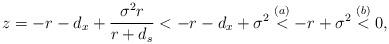
LaTeX: \begin{align*} z = -r-d_x + \frac{\sigma^2r}{r + d_s} < -r-d_x + \sigma^2 \stackrel{(a)}{<} -r + \sigma^2 \stackrel{(b)}{<} 0,\end{align*}